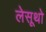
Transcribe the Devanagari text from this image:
लेसूथो